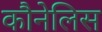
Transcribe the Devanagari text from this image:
कौनेलिस